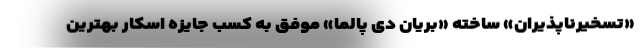
«تسخیرناپذیران» ساخته «بریان دی پالما» موفق به کسب جایزه اسکار بهترین